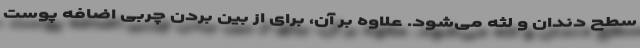
سطح دندان و لثه می‌شود. علاوه بر آن، برای از بین بردن چربی اضافه پوست